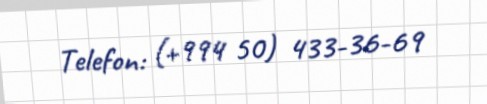
Telefon: (+994 50) 433-36-69